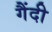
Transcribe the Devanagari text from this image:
गैंदी